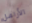
الأرامل